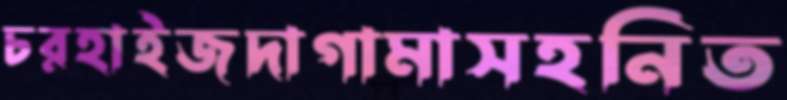
চরহাইজদাগামাসহনিত